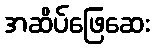
အဆိပ်ဖြေဆေး